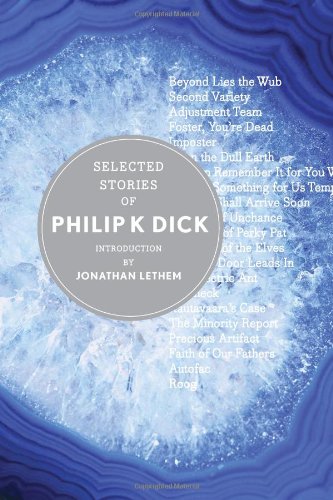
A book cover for Selected Stories of Philip K. Dick; Philip K. Dick; Science Fiction & Fantasy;